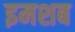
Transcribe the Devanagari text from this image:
इमशब